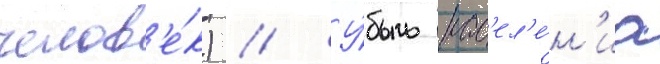
челов'е́к) // У́быль нас'ел'е́н'иа